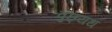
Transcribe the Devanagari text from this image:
वुछ्यथ